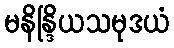
မနိန္ဒြိယသမုဒယံ